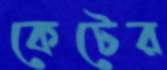
কেটের